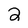
Character: 2